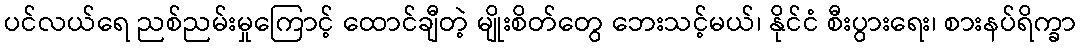
ပင်လယ်ရေ ညစ်ညမ်းမှုကြောင့် ထောင်ချီတဲ့ မျိုးစိတ်တွေ ဘေးသင့်မယ်၊ နိုင်ငံ စီးပွားရေး၊ စားနပ်ရိက္ခာ